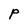
Character: P